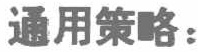
通用策略：